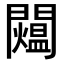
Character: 𨷐